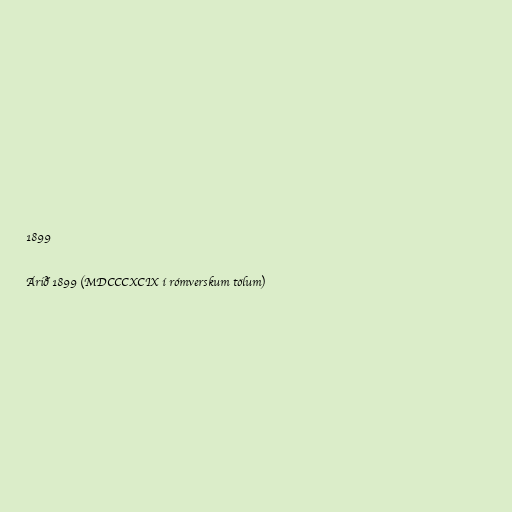
1899

Árið 1899 (MDCCCXCIX í rómverskum tölum)